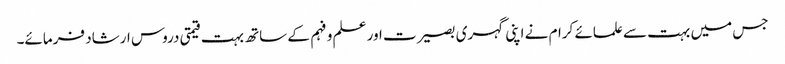
جس میں بہت سے علمائے کرام نے اپنی گہری بصیرت اور علم و فہم کے ساتھ بہت قیمتی دروس ارشاد فرمائے۔